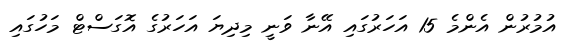
އުމުރުން އެންމެ 15 އަހަރުގައި އޭނާ ވަނީ މިދިޔަ އަހަރުގެ އޮގަސްޓް މަހުގައި